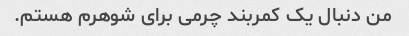
من دنبال یک کمربند چرمی برای شوهرم هستم.